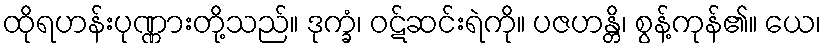
ထိုရဟန်းပုဏ္ဏားတို့သည်။ ဒုက္ခံ၊ ဝဋ်ဆင်းရဲကို။ ပဇဟန္တိ၊ စွန့်ကုန်၏။ ယေ၊